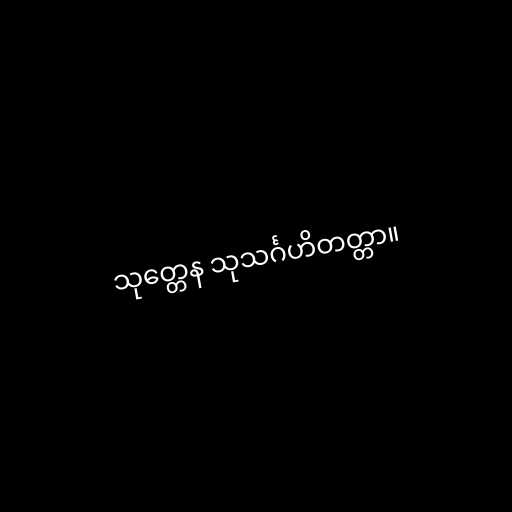
သုတ္တေန သုသင်္ဂဟိတတ္တာ။